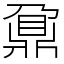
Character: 鼐